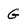
Character: G